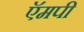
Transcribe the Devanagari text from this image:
ऍमपी